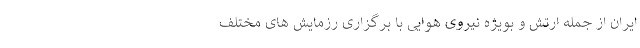
ایران از جمله ارتش و بویژه نیروی هوایی با برگزاری رزمایش های مختلف